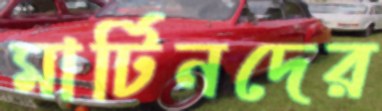
মার্টিনদের